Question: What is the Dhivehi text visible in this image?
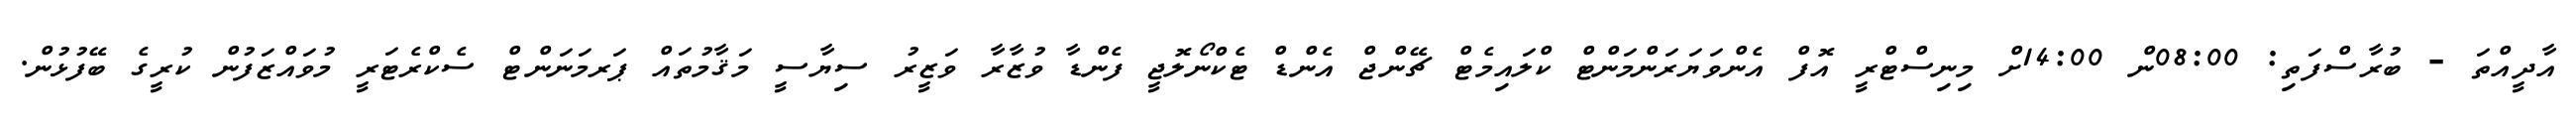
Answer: އާދީއްތަ - ބުރާސްފަތި: 08:00ން 14:00ށް މިނިސްޓްރީ އޮފް އެންވަޔަރަންމަންޓް ކްލައިމެޓް ޗޭންޖް އެންޑް ޓެކްނޯލޮޖީ ފެންޑާ ވުޒާރާ ވަޒީރު ސިޔާސީ މަޤާމުތައް ޕަރމަނަންޓް ސެކްރެޓަރީ މުވައްޒަފުން ކުރީގެ ބޭފުޅުން.